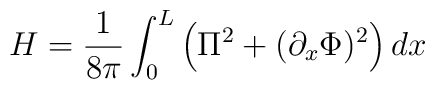
H=\frac{1}{8\pi }\int _{0}^{L}\left( \Pi ^{2}+(\partial _{x}\Phi )^{2}\right) dx